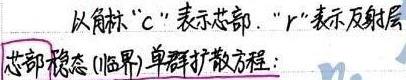
以角标“c”表示芯部，“r”表示反射层。芯部稳态(临界)单群扩散方程：